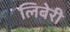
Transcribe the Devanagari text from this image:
लिबेरी